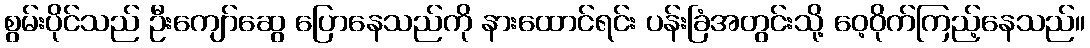
စွမ်းပိုင်သည် ဦးကျော်ဆွေ ပြောနေသည်ကို နားထောင်ရင်း ပန်းခြံအတွင်းသို့ ဝေ့ဝိုက်ကြည့်နေသည်။